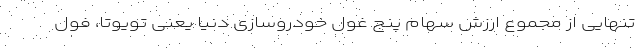
تنهایی از مجموع ارزش سهام پنج غول خودروسازی دنیا یعنی تویوتا، فول